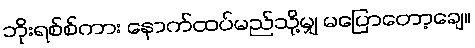
ဘိုးရစ်စ်ကား နောက်ထပ်မည်သို့မျှ မပြောတော့ချေ။